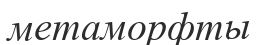
метаморфты